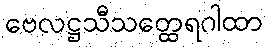
ဗေလဋ္ဌသီသတ္ထေရဂါထာ